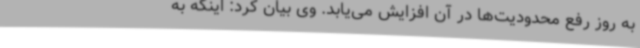
به روز رفع محدودیت‌ها در آن افزایش می‌یابد. وی بیان کرد: اینکه به